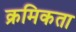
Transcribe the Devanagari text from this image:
क्रमिकता